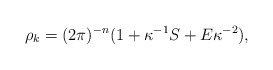
\begin{align*} \rho_{k}= (2\pi)^{-n}(1 + \kappa^{-1} S + E \kappa^{-2}), \end{align*}